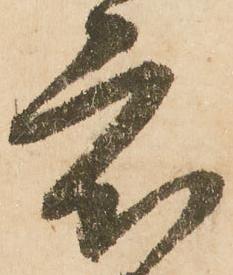
度